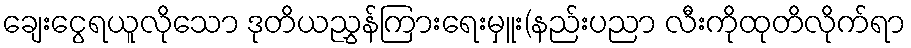
ချေးငွေရယူလိုသော ဒုတိယညွှန်ကြားရေးမှူး(နည်းပညာ လီးကိုထုတိလိုက်ရာ